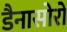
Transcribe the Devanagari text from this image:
डैनासोरों